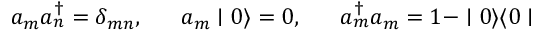
a _ { m } a _ { n } ^ { \dagger } = \delta _ { m n } , \; \; \; \; \; \; a _ { m } \mid 0 \rangle = 0 , \; \; \; \; \; \; a _ { m } ^ { \dagger } a _ { m } = 1 - \mid 0 \rangle \langle 0 \mid